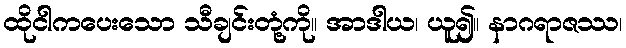
ထိုငါကပေးသော သီချင်းတုံ့ကို။ အာဒါယ၊ ယူ၍။ နာဂရာဇဿ၊